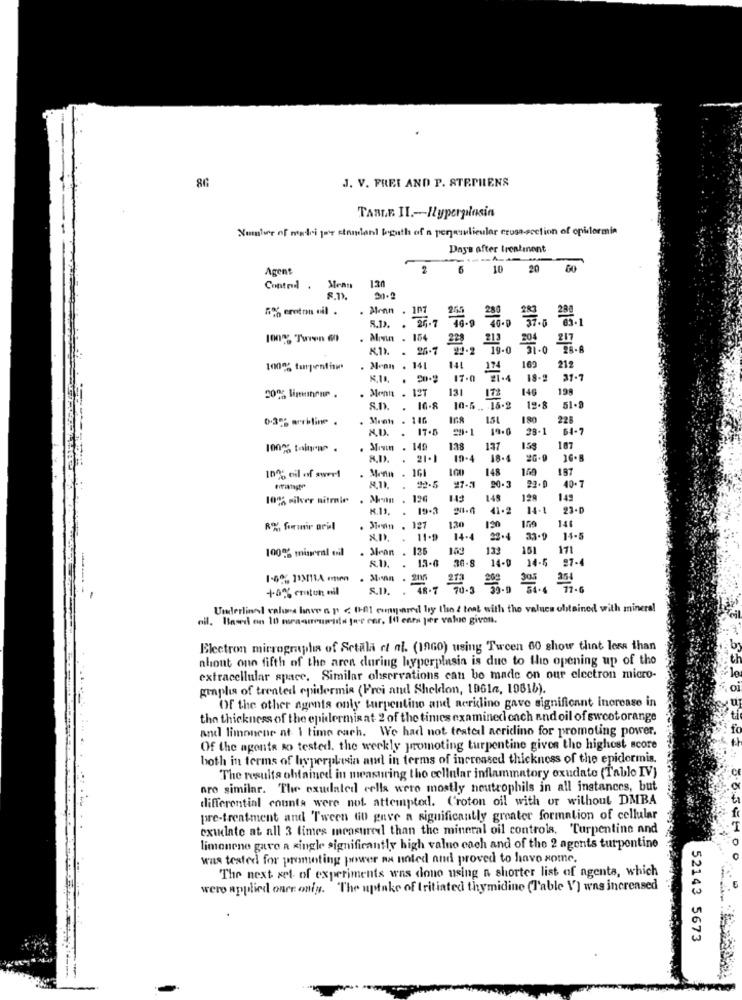
86
J. V. FREI AND P. STEPHENS
TABLE II .- Hyperplasia
Number of madri por standlant both of a penaunlieular cross-section of opidormin
Days after treatment
Agent
2 6
10 20 00
Control.
Sean
21.2
5% croton nil .
. Menn . 107
A.D. . 26.7
100%% Twwwin 60
Min . 154
228
213
217
K.11. . 25-7
19-0 31-0
78-8
100%% turpentine
. Menn . 141
141
169
212
17.0
18-2
31.7
Menn . 12T
131
172
146
199
20% linononr .
S.D. . 16.8
10-5 .. 15-2
12.8
0.35% arriline
. Mich . 146
180
228
A.D. . 17.5
28.1
64-7
100% toluene
. Min . 149
1.38
137
158
187
. 21.1
19.4
18.4
Monn . 161
148
150
187
100% eil of swert
A.11. . 92-5
92-5
90.3
22.0
40.7
10% silver nitmle
. Menn . 126
126
143
149
128
149
K.11. . 19-3
19.3
41.2
14.1
23-D
146
R%, formir aril
Jan . 127
130
120
A.D. . 11.9
11.9
14-4
22.4
14-5
100%% mineral oil
. Mean . 135
100
133
151
171
13-6
14-9
14-5
27-
.
. Monn . 205
273
+0% emten nil
s.D. .
TROT
70.3 23. 0 56.6 77. 6
Underlinal values have & p < 001 cmqared by the & test with the values obtained with mineral
cil. Based on 10 measureumida for enr. Ifl ents per value givon.
Electron micrographa of Setalla et al. (1960) using Tween 60 show that less than
nhout onn fifth of the area during hyperplasia is due to the opening up of the
extracellular space. Similar observations can bo made on our electron micro-
graphs of treated epidermis (Frei and Sheldon, 196la, 19616).
Of the other agents only turpentine and neridino gave significant increase in
the thickness of the epidermis at 2 of the times examinedloach and oil of sweet orange
and limonene at 1 time each. We had not tested acridino for promoting power.
Of the agente so tested. the weekly promoting turpentine gives the highest score
both in terms of hyperplasia and in terms of increased thickness of the epidermis.
The results obtained in measuring the cellular inflammatory oxudate (Tablo IV)
nro similar. The exudated cells were mostly neutrophils in all instances, but
differential counts were not attempted. Croton oil with or without DMBA
pre-treatment and Tween GD gave a significantly greater formation of cellular
exudate at all 3 times measured than the mineral oil controls, "Turpentine and
limonene gave a single significantly high value each and of the 2 agents turpentine
was tested for promoting power na noted and proved to liavo some.
The next set of experiments was done using a shorter list of agenta, which
wero applied once only. ""The uptake of tritiated thymidine (Table \'] was increased
--- -
52143 5673